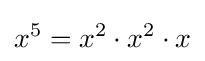
x^{5}=x^{2}\cdot x^{2}\cdot x